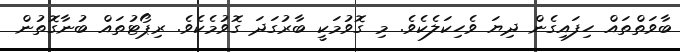
ބާވަތްތައް ހިފައިގެން ދިޔަ ވެހިކަލެކެވެ. މި ގޮވުމަކީ ބާރުގަދަ ގޮވުމެކެވެ. ރިޕޯޓުތައް ބުނާގޮތުން